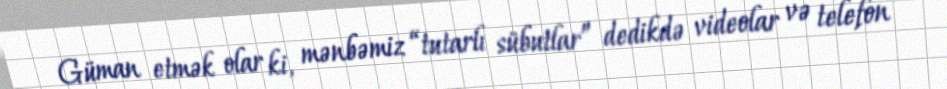
Güman etmək olar ki, mənbəmiz “tutarlı sübutlar” dedikdə videolar və telefon